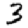
Digit: 3